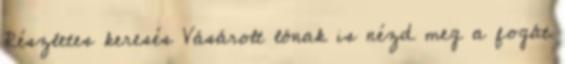
Részletes keresés Vásárolt lónak is nézd meg a fogát